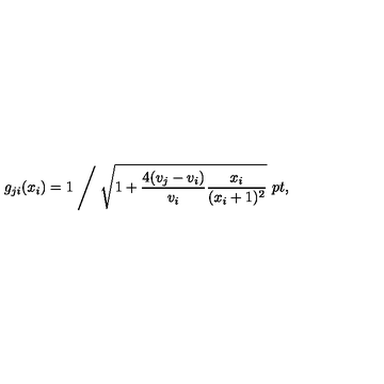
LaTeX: g _ { j i } ( x _ { i } ) = 1 \Biggm / \sqrt { 1 + { \frac { 4 ( v _ { j } - v _ { i } ) } { v _ { i } } } { \frac { x _ { i } } { ( x _ { i } + 1 ) ^ { 2 } } } } \ \raise 2 p t \mathrm { , }